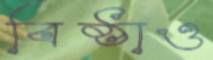
বিষ্ঠাও